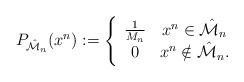
\begin{align*}P_{\hat{\cal M}_n}({x}^n):= \left\{\begin{array}{cc}\frac{1}{{M}_n} & {x}^n \in \hat{\cal M}_n \\0 & {x}^n \notin \hat{\cal M}_n.\end{array}\right.\end{align*}